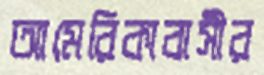
আমেরিকাবাসীর